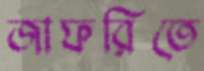
জাফরিতে